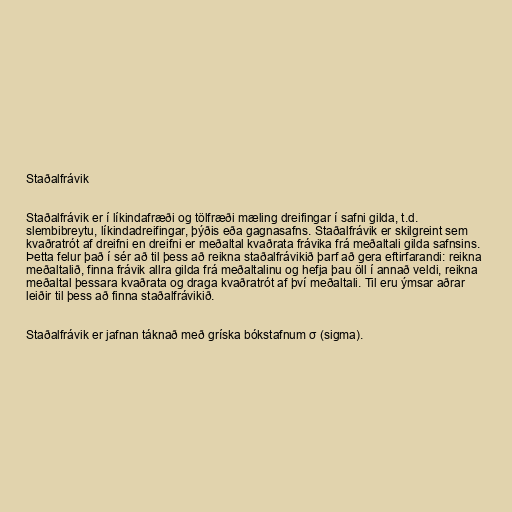
Staðalfrávik

Staðalfrávik er í líkindafræði og tölfræði mæling dreifingar í safni gilda, t.d.
slembibreytu, líkindadreifingar, þýðis eða gagnasafns. Staðalfrávik er skilgreint sem
kvaðratrót af dreifni en dreifni er meðaltal kvaðrata frávika frá meðaltali gilda safnsins.
Þetta felur það í sér að til þess að reikna staðalfrávikið þarf að gera eftirfarandi: reikna
meðaltalið, finna frávik allra gilda frá meðaltalinu og hefja þau öll í annað veldi, reikna
meðaltal þessara kvaðrata og draga kvaðratrót af því meðaltali. Til eru ýmsar aðrar
leiðir til þess að finna staðalfrávikið.

Staðalfrávik er jafnan táknað með gríska bókstafnum σ (sigma).